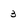
Character: 3